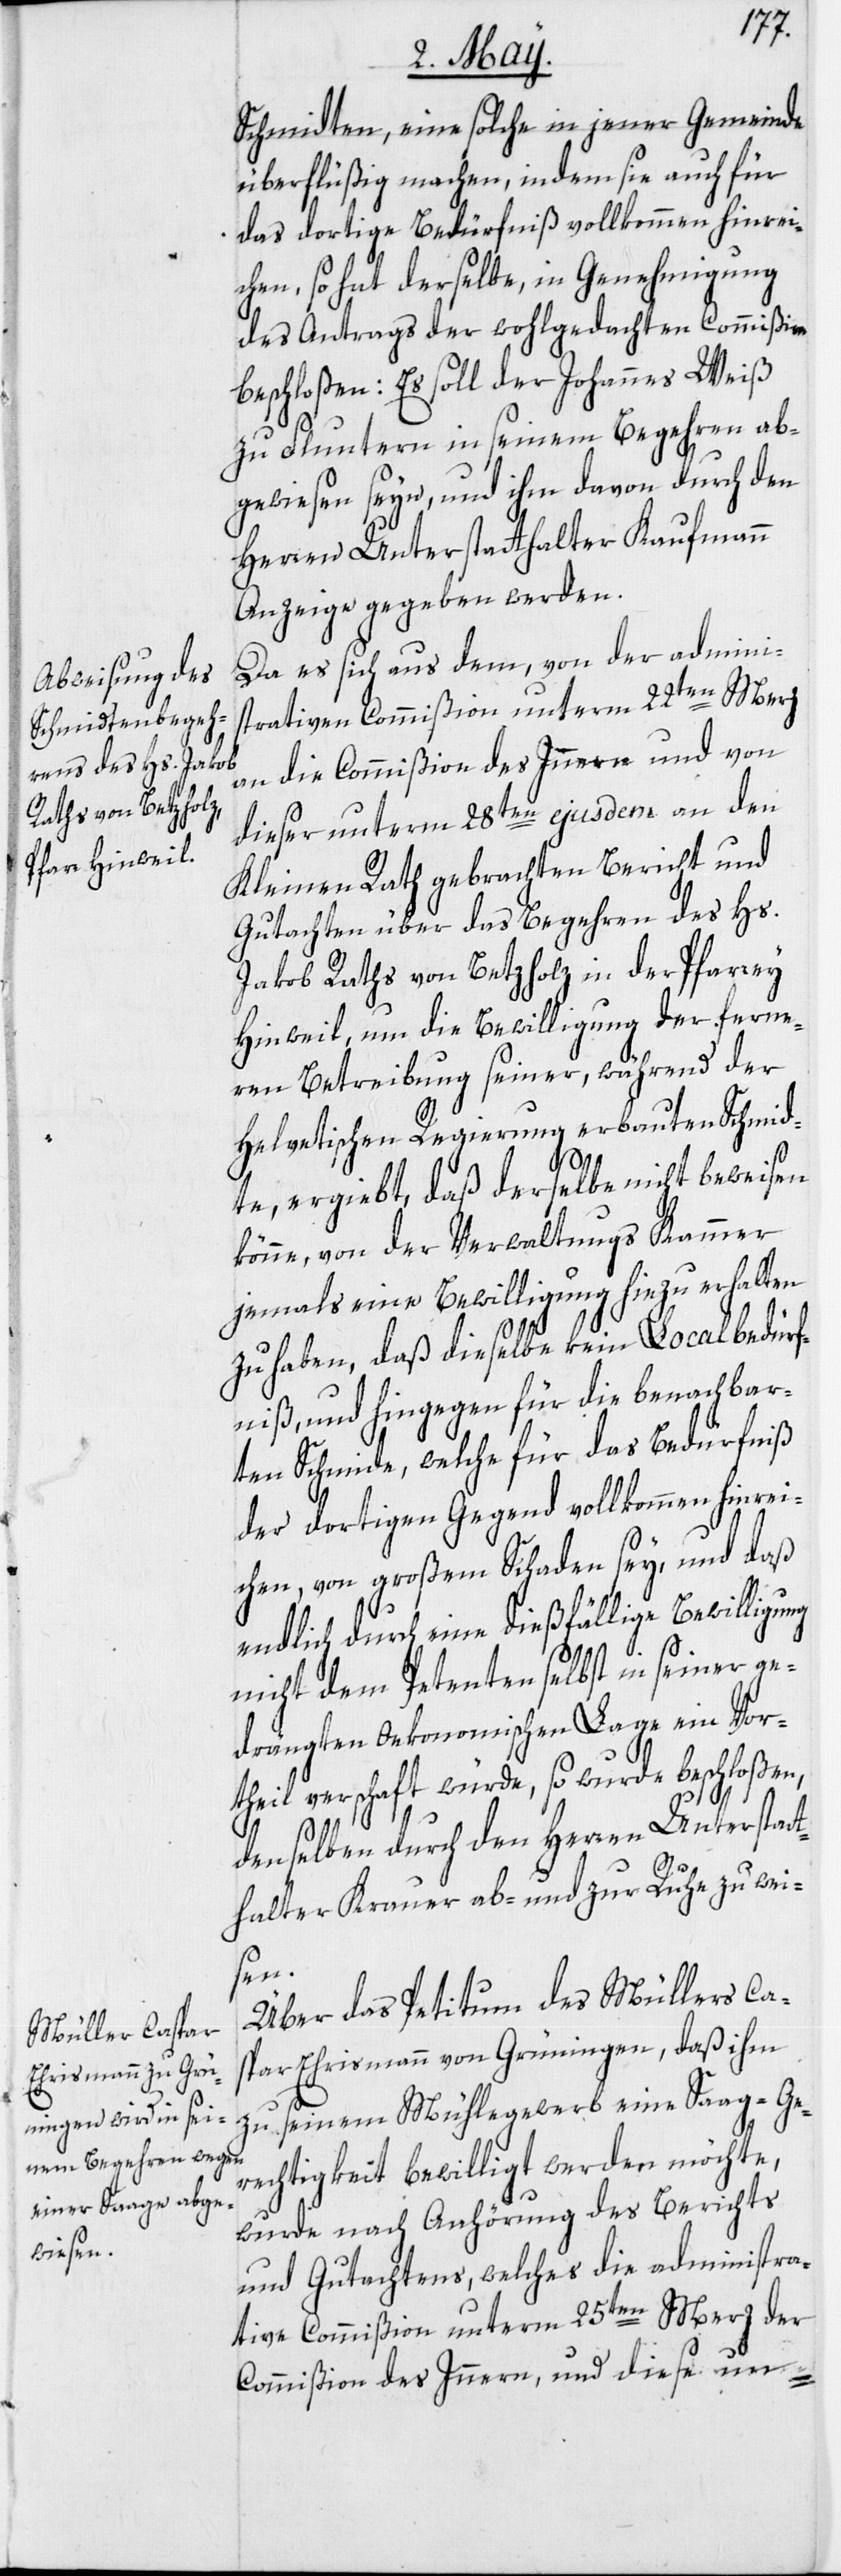
Schmidten, eine solche in jener Gemeinde
überflüßig machen, indem sie auch für
das dortige Bedürfniß vollkommen hinrei¬
chen, so hat derselbe, in Genehmigung
des Antrags der wohlgedachten Commißion
beschloßen: Es soll der Johannes Weiß
zu Fluntern in seinem Begehren ab¬
gewiesen seyn, und ihm davon durch den
Herren Unterstatthalter Kaufmann
Anzeige gegeben werden.
Da es sich aus dem, von der admini¬
strativen Commißion unterm 22ten Merz
an die Commißion des Innern und von
dieser unterm 28ten ejusdem an den
Kleinen Rath gebrachten Bericht und
Gutachten über das Begehren des Hs.
Jakob Raths von Betzholz in der Pfarrey
Hinweil, um die Bewilligung der ferne¬
ren Betreibung seiner, während der
Helvetischen Regierung erbauten Schmid¬
te, ergiebt, daß derselbe nicht beweisen
könne, von der Verwaltungs Kammer
jemals eine Bewilligung hiezu erhalten
zu haben, daß dieselbe kein Localbedürf¬
nis, und hingegen für die benachbar¬
ten Schmide, welche für das Bedürfniß
der dortigen Gegend vollkommen hinrei¬
chen, von großem Schaden sey, und daß
endlich durch eine dießfällige Bewilligung
nicht dem Petenten selbst in seiner ge¬
drängten oekonomischen Lage ein Vor¬
theil verschaft würde, so wurde beschloßen,
denselben durch den Herren Unterstatt¬
halter Krauer ab- und zur Ruhe zu wei¬
sen.
Über das Petitum des Müllers Ca¬
spar Ehrismann von Grüningen, daß ihm
zu seinem Mühlegewerb eine Saag-Ge¬
rechtigkeit bewilligt werden möchte,
wurde nach Anhörung des Berichts
und Gutachtens, welches die administra¬
tive Commißion unterm 25ten Merz der
Commißion des Innern, und diese un-